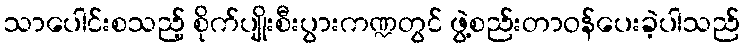
သာပေါင်းစသည့် စိုက်ပျိုးစီးပွားကဏ္ဍတွင် ဖွဲ့စည်းတာဝန်ပေးခဲ့ပါသည်